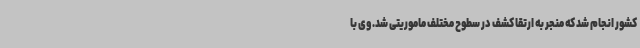
کشور انجام شد که منجر به ارتقا کشف در سطوح مختلف ماموریتی شد. وی با